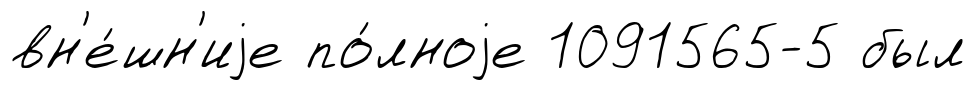
вн'е́шн'иjе по́лноjе 1091565-5 был